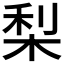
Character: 梨